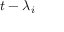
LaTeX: t - \lambda _ { i }